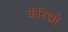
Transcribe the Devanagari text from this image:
कॅरिझो